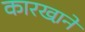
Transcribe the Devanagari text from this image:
कारखा़ने